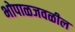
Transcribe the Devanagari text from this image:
भोपाळजवळील